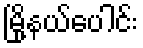
မြို့နယ်ပေါင်း